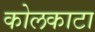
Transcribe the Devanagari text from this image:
कोलकाटा